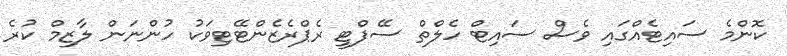
ކޮންމެ ސައިޓެއްގައި ވެސް ސައިޓް ހެލްތް ސޭފްޓީ ރެޕްރެޒެންޓޭޓިވަކު ހުންނަން ލާޒިމް ކުރެ